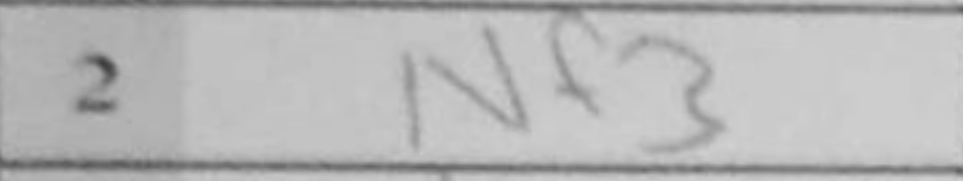
Transcription: Nf3